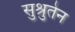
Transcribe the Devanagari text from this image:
सुश्रुतेन